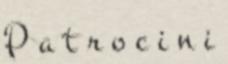
P a t r o c i n i